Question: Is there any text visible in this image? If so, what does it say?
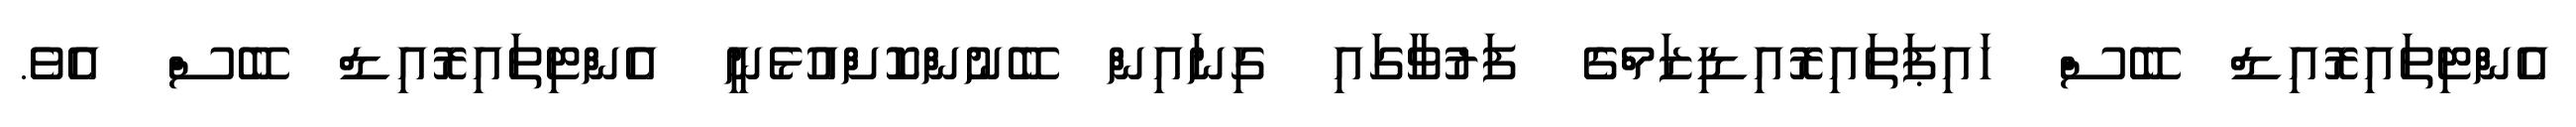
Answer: އެންޓިތައިރޮއިޑް ބޭސް ހައިޕަތައިރޮއިޑިޒަމްގެ ފަރުވާގައި ގިނައިން ބޭނުންކޮށްއުޅެނީ އެންޓިތައިރޮއިޑް ބޭސް އެވެ.